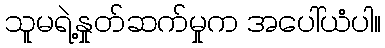
သူမရဲ့နှုတ်ဆက်မှုက အပေါ်ယံပါ။